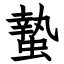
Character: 蟄